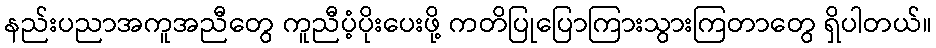
နည်းပညာအကူအညီတွေ ကူညီပံ့ပိုးပေးဖို့ ကတိပြုပြောကြားသွားကြတာတွေ ရှိပါတယ်။